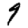
Digit: 9